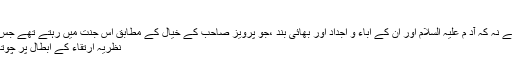
ان آیات کےمخاطب
آد م علیہ السلام اور ان کی اولاد ہے نہ کہ آد م علیہ السلام اور ان کے اباء و اجداد اور بھائی بند ،جو پرویز صاحب کے خیال کے مطابق اس جنت میں رہتے تھے جس کے متعلق اللہ تعالیٰ نے فرمایا:
نظریہ ارتقاء کے ابطال پر چوتھی دلیل درج ذیل آیت کریمہ ہے۔